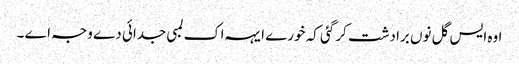
اوہ ایس گل نوں برادشت کر گئی کہ خورے ایہہ اک لمبی جدائی دے وجہ اے ۔